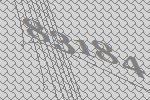
83184